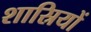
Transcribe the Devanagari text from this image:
शास्रियों